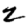
Digit: 2